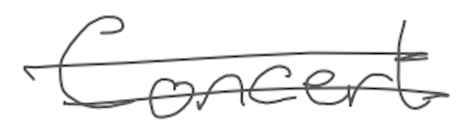
Text: Concert
Cross-out: double-line
Writing tool: digital_gray